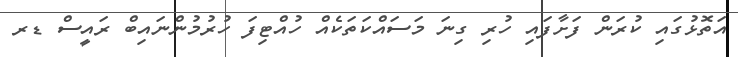
އަތޮޅުގައި ކުރަން ފަށާފައި ހުރި ގިނަ މަސައްކަތަކެއް ހުއްޓިފަ ހުރުމުންނައިބް ރައީސް ޑރ